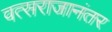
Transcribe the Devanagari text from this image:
वत्सराजानंतर